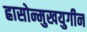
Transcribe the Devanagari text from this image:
ह्रासोन्मुखयुगीन